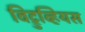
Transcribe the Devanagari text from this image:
विट्रुव्हियस